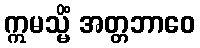
ဣမသ္မိံ အတ္တဘာဝေ